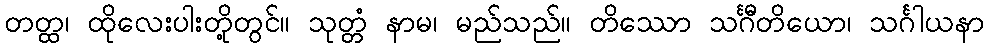
တတ္ထ၊ ထိုလေးပါးတို့တွင်။ သုတ္တံ နာမ၊ မည်သည်။ တိဿော သင်္ဂီတိယော၊ သင်္ဂါယနာ